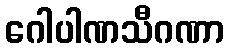
ဂေါပါဏသီဂဏာ